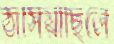
ঠাসিয়াছিলে